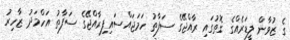
ގެ ޒުވާން ލީޑަރެއްގެ ގޮތުގައި ރާއްޖޭގެ ސަފާތު ހަމަޖައްސައިފިރާއްޖޭގެ ސަފާތު އަހްމަދު ޒާހިރު